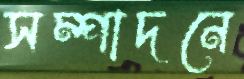
সম্পাদনে